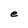
Character: e